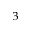
^ { 3 }